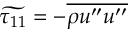
\widetilde { \tau _ { 1 1 } } = - \overline { { \rho u ^ { \prime \prime } u ^ { \prime \prime } } }